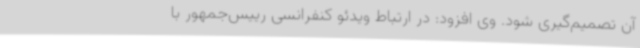
آن تصمیم‌گیری شود. وی افزود: در ارتباط ویدئو کنفرانسی رییس‌جمهور با